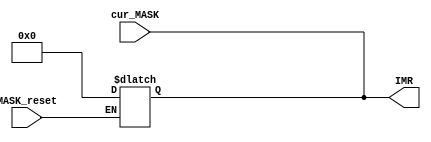

module IMR (
	input wire [7:0] cur_MASK, // FROM CONTROL LOGIC
	input wire MASK_reset, // FROM CONTROL LOGIC
	 
	output reg[7:0]  IMR  // To priority resolver 	

);
    always @(MASK_reset) begin
      if(MASK_reset)
        IMR = 8'b0; 
    end
  
	always @(cur_MASK) begin
		IMR = cur_MASK;
	end

endmodule




module IMR_tb();

	reg [7:0]cur_MASK;
	reg MASK_reset;
	
	wire [7:0] IMR;
	
IMR test (
		// input
		.cur_MASK(cur_MASK),
		.MASK_reset(MASK_reset),
		// output
		.IMR(IMR)
);

initial begin
    MASK_reset = 1'b1;
    #1000; // 1 nano
    
    MASK_reset = 1'b0;
	cur_MASK = 8'b11110000;
    #1000;
        
	cur_MASK = 8'b00001111;
    #1000;
    
end

initial begin
    $monitor("Time: %t, MASK_reset: %b,    cur_MASK: %b %b %b %b %b %b %b %b,    IMR: %b %b %b %b %b %b %b %b",
    $time,MASK_reset,cur_MASK[7],cur_MASK[6],cur_MASK[5],cur_MASK[4],cur_MASK[3],cur_MASK[2],cur_MASK[1],cur_MASK[0],
	IMR[7],IMR[6],IMR[5],IMR[4],IMR[3],IMR[2],IMR[1],IMR[0]);

    $timeformat(-9, 1, " ns", 10);
end

endmodule